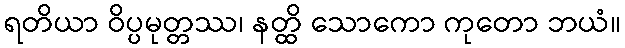
ရတိယာ ဝိပ္ပမုတ္တဿ၊ နတ္ထိ သောကော ကုတော ဘယံ။